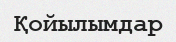
Қойылымдар